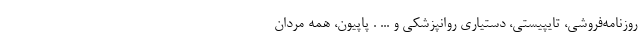
روزنامه‌فروشی، تایپیستی، دستیاری روانپزشکی و ... . پاپیون، همه مردان